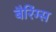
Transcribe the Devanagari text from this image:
बैरिंग्स